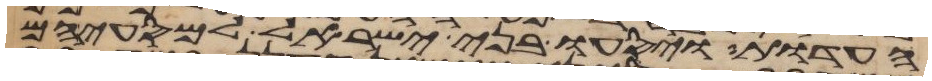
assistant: העדות ויסעו בני ישראל למסעיהם